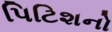
પિટિશનો